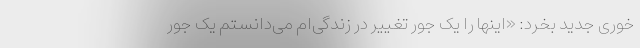
خوری جدید بخرد: «اینها را یک جور تغییر در زندگی‌ام می‌دانستم یک جور